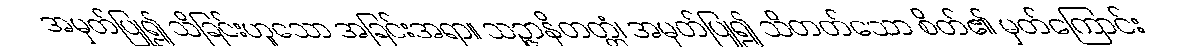
အမှတ်ပြု၍ သိခြင်းဟူသော အခြင်းအရာ။ သဉ္ဇာနိတတ္တံ၊ အမှတ်ပြု၍ သိတတ်သော စိတ်၏ မှတ်ကြောင်း